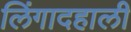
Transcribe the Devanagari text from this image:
लिंगादहाली